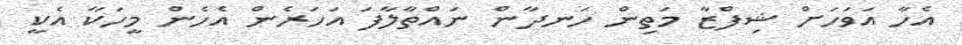
އެހާ އަވަހަށް ޝިފްޒާ މަތިން ހަނދާން ނައްތާލާފަ އަހަރެން އެހެން މީހަކާ އެކީ